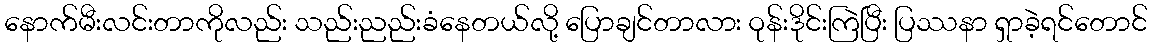
နောက်မီးလင်းတာကိုလည်း သည်းညည်းခံနေတယ်လို့ ပြောချင်တာလား ဝုန်းဒိုင်းကြဲပြီး ပြဿနာ ရှာခဲ့ရင်တောင်